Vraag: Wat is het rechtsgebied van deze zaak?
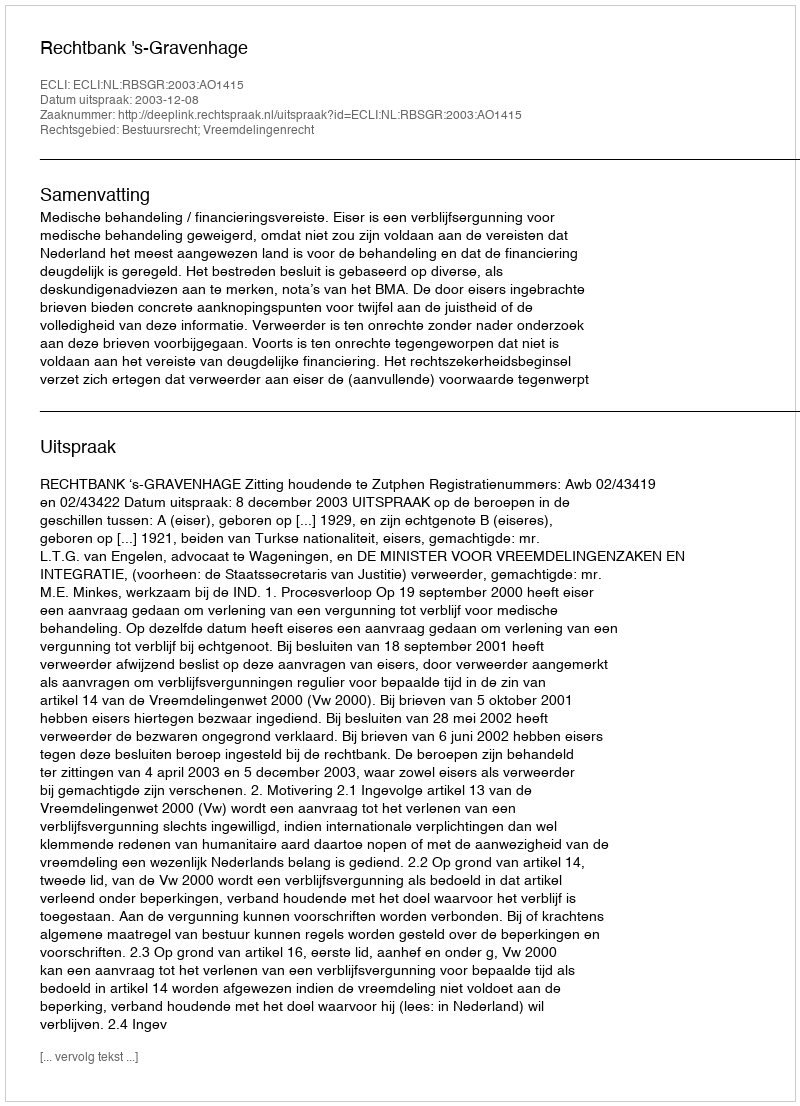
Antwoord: Bestuursrecht; Vreemdelingenrecht